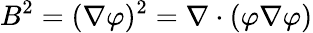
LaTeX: B^{2}=(\nabla\varphi)^{2}=\nabla\cdot(\varphi\nabla\varphi)